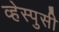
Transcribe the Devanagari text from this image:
व्हेस्पुसी